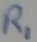
Text: R1